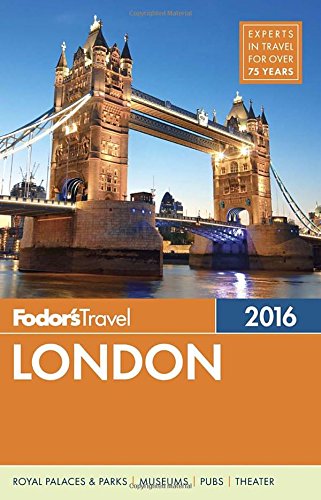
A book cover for Fodor's London 2016 (Full-color Travel Guide); Fodor's; Travel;